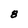
Character: 8